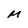
Character: M